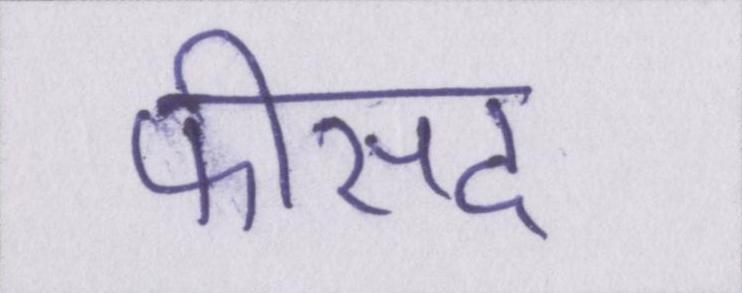
फीसद